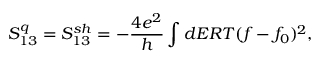
S _ { 1 3 } ^ { q } = { S _ { 1 3 } ^ { s h } } = - \frac { 4 e ^ { 2 } } { h } \int d E R T ( f - f _ { 0 } ) ^ { 2 } ,